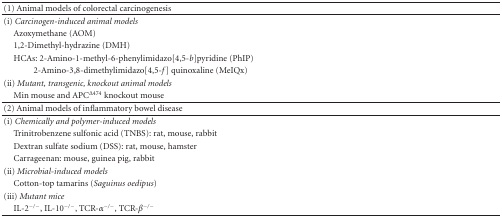
<table><thead><tr><td><b>(1) Animal models of colorectal carcinogenesis</b></td><td></td></tr></thead><tbody><tr><td>(i) <i>Carcinogen-induced animal models </i></td><td></td></tr><tr><td> Azoxymethane (AOM)</td><td></td></tr><tr><td> 1,2-Dimethyl-hydrazine (DMH)</td><td></td></tr><tr><td> HCAs: 2-Amino-1-methyl-6-phenylimidazo[4,5-<i>b</i>]pyridine (PhIP)</td><td></td></tr><tr><td>2-Amino-3,8-dimethylimidazo[4,5-<i>f</i>] quinoxaline (MeIQx)</td><td></td></tr><tr><td>(ii) <i>Mutant, transgenic, knockout animal models </i></td><td></td></tr><tr><td> Min mouse and APC<sup>Δ474</sup> knockout mouse</td><td></td></tr><tr><td>(2) Animal models of inflammatory bowel disease</td><td></td></tr><tr><td>(i) <i>Chemically and polymer-induced models </i></td><td></td></tr><tr><td> Trinitrobenzene sulfonic acid (TNBS): rat, mouse, rabbit</td><td></td></tr><tr><td> Dextran sulfate sodium (DSS): rat, mouse, hamster</td><td></td></tr><tr><td> Carrageenan: mouse, guinea pig, rabbit</td><td></td></tr><tr><td>(ii)<i> Microbial-induced models </i></td><td></td></tr><tr><td> Cotton-top tamarins (<i>Saguinus oedipus</i>)</td><td></td></tr><tr><td>(iii) <i>Mutant mice </i></td><td></td></tr><tr><td> IL-2<sup>−/−</sup>, IL-10<sup>−/−</sup>, TCR-<i>α</i><sup>−/−</sup>, TCR-<i>β</i><sup>−/−</sup></td><td></td></tr></tbody></table>